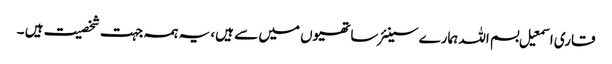
قاری اسمعیل بسم اللہ ہمارے سینئر ساتھیوں میں سے ہیں، یہ ہمہ جہت شخصیت ہیں ۔